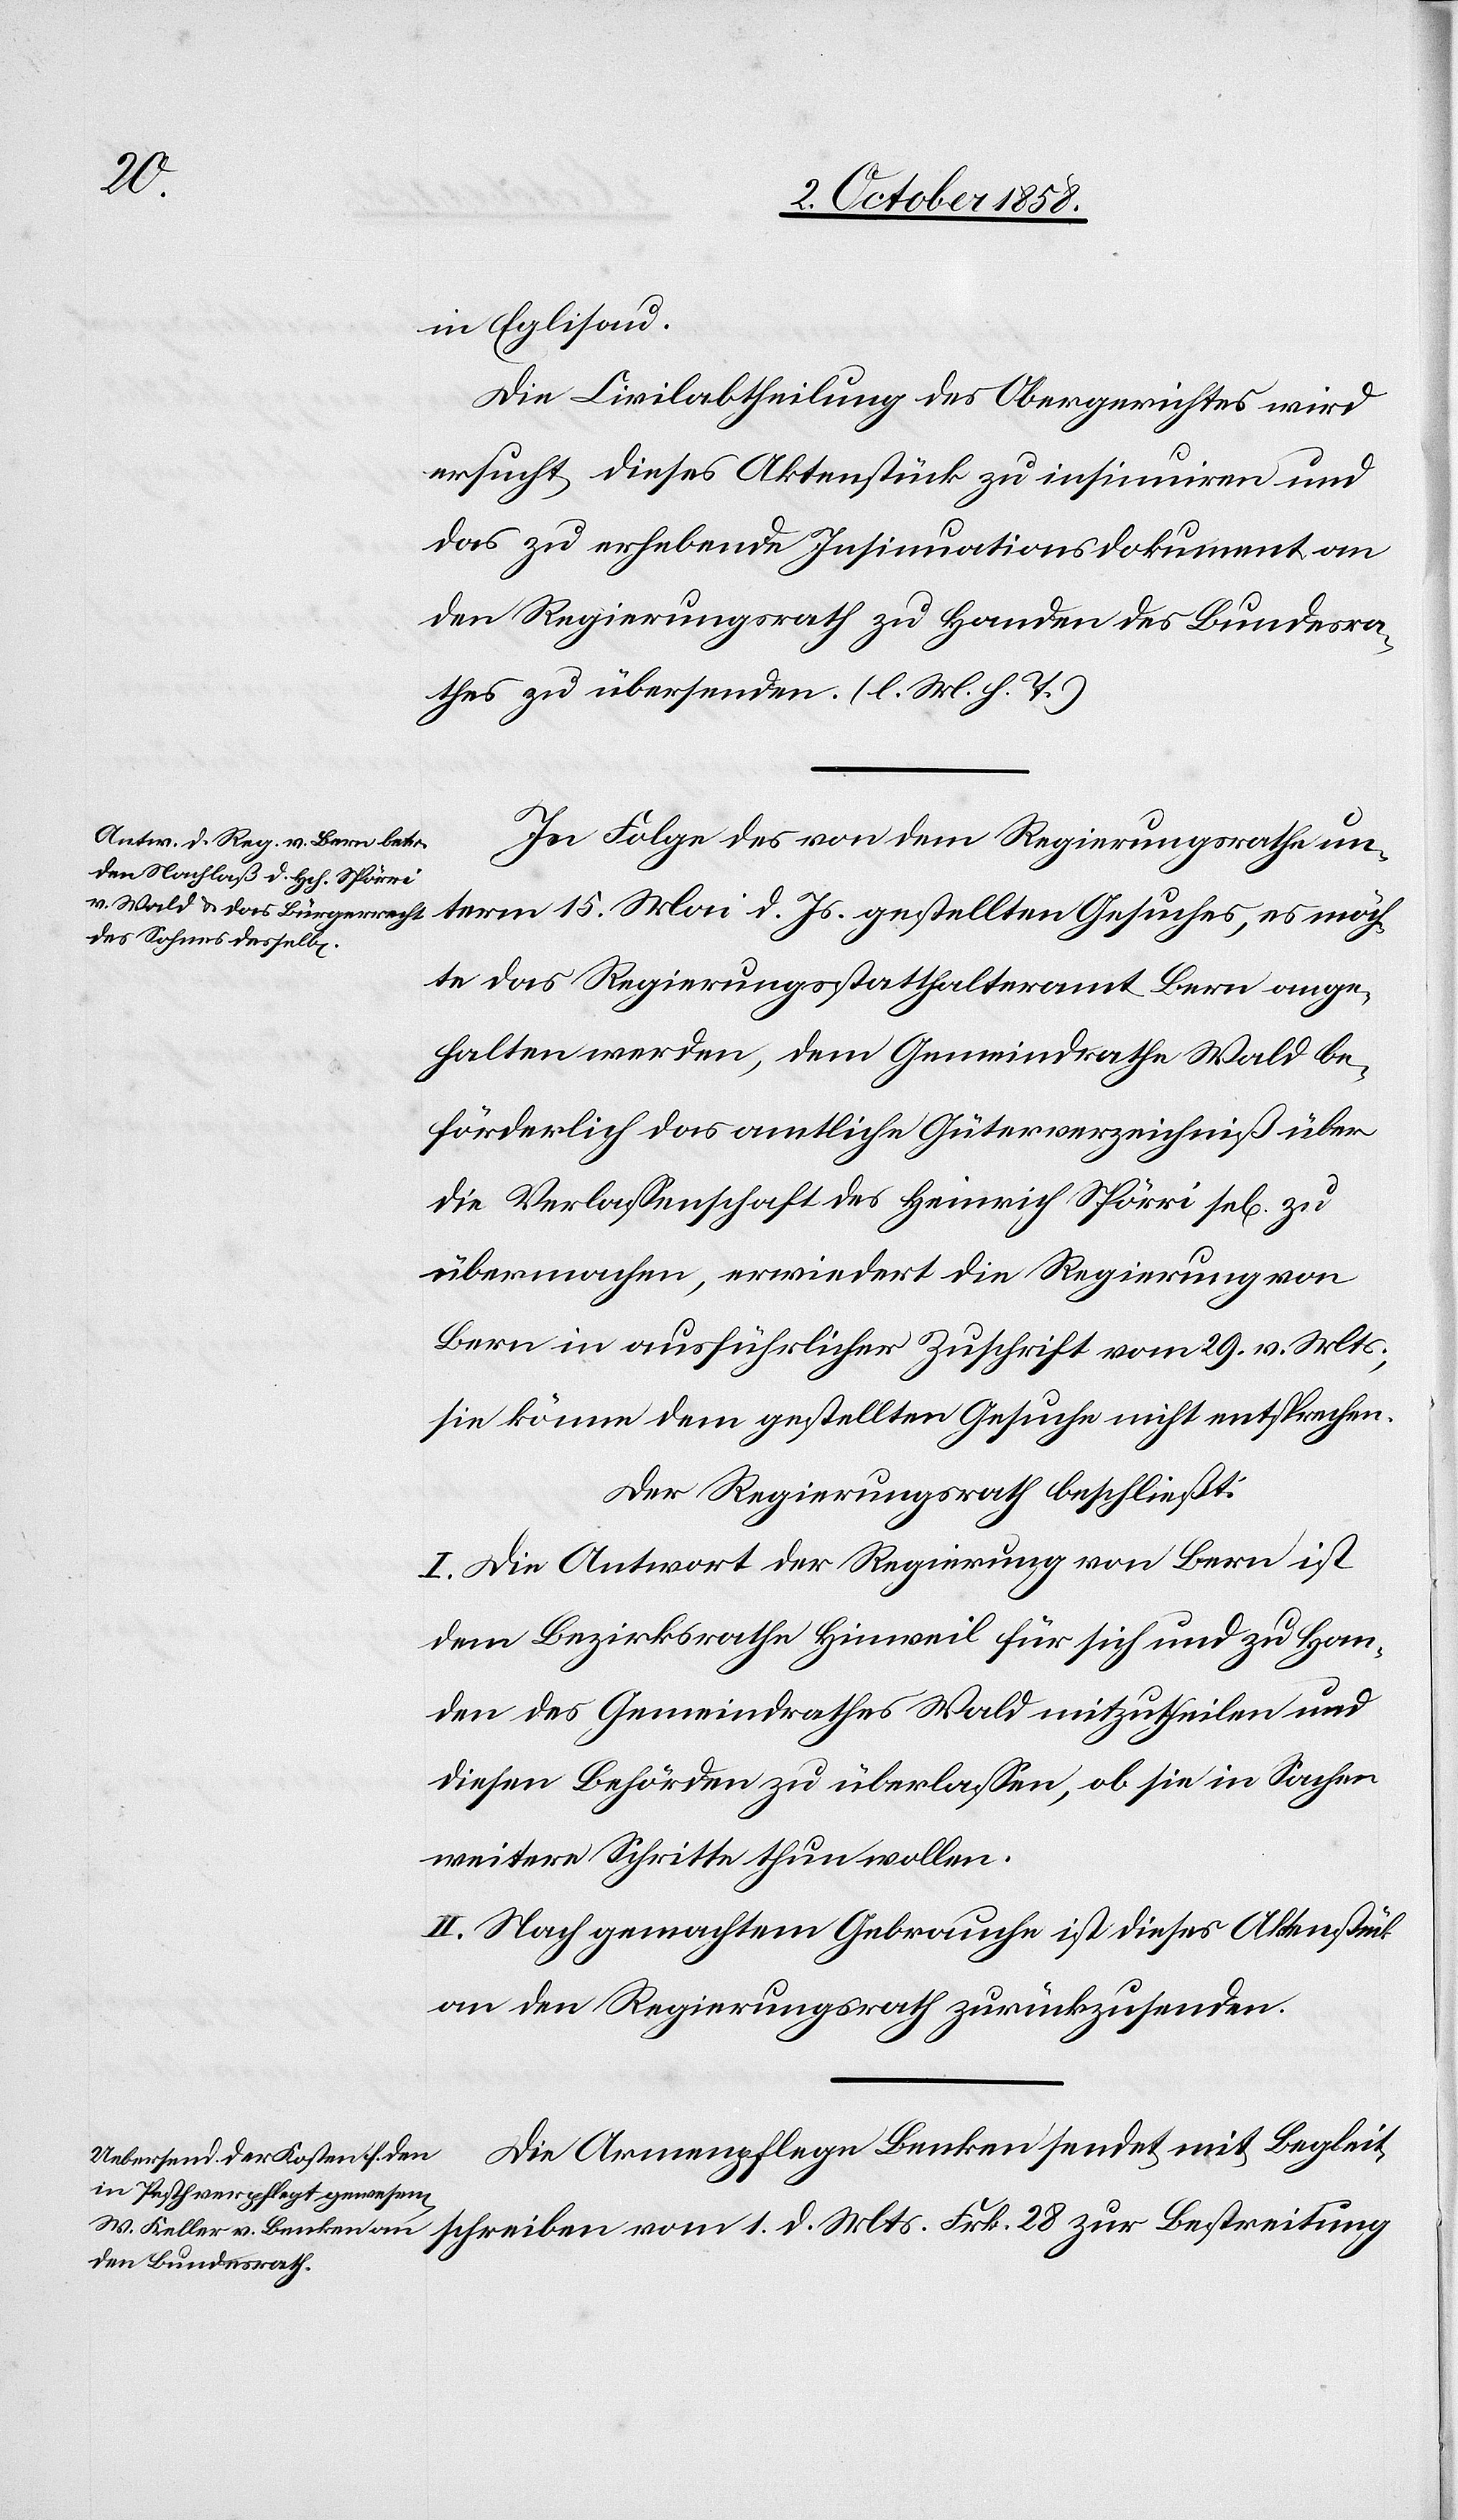
Mts.
in Eglisau.
Die Civilabtheilung des Obergerichtes wird
ersucht, dieses Aktenstück zu insinuiren und
das zu erhebende Insinuationsdokument an
den Regierungsrath zu Handen des Bundesra¬
thes zu übersenden. (l. M. h. T.)
In Folge des von dem Regierungsrathe un¬
term 15. Mai d. Js. gestellten Gesuches, es möch¬
te das Regierungsstatthalteramt Bern ange¬
halten werden, dem Gemeindrathe Wald be¬
förderlich das amtliche Güterverzeichniß über
die Verlassenschaft des Heinrich Spörri sel[ig] zu
übermachen, erwiedert die Regierung von
Bern in ausführlicher Zuschrift vom 29. v. Mts.,
sie könne dem gestellten Gesuche nicht entsprechen.
Der Regierungsrath beschließt:
I. Die Antwort der Regierung von Bern ist
dem Bezirksrathe Hinweil für sich und zu Han¬
den des Gemeindrathes Wald mitzutheilen und
diesen Behörden zu überlassen, ob sie in Sachen
weitere Schritte thun wollen.
II. Nach gemachtem Gebrauche ist dieses Aktenstück
an den Regierungsrath zurückzusenden.
Die Armenpflege Benken sendet mit Begleits¬